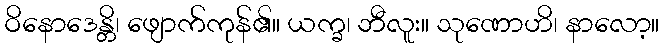
ဝိနောဒေန္တိ၊ ဖျောက်ကုန်၏။ ယက္ခ၊ ဘီလူး။ သုဏောဟိ၊ နာလော့။